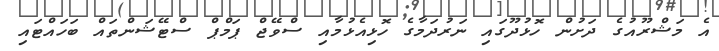
އެ މަޝްރޫއުގެ ދަށުން ހޮޅުދޫގައި ނަރުދަމާގެ ހޮޅިއެޅުމާއި ސްވޭޖް ޕަމްޕް ސްޓޭޝަންތައް ބަހައްޓައި